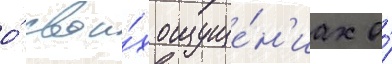
о́ свои́х ощуще́н'иах о́